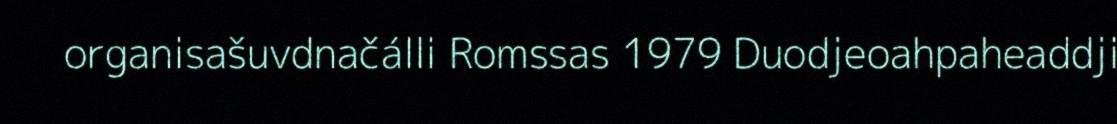
organisašuvdnačálli Romssas 1979 Duodjeoahpaheaddji